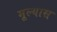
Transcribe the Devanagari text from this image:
मूल्यास